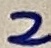
Text: 2